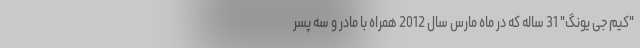
"کیم جی یونگ" 31 ساله که در ماه مارس سال 2012 همراه با مادر و سه پسر